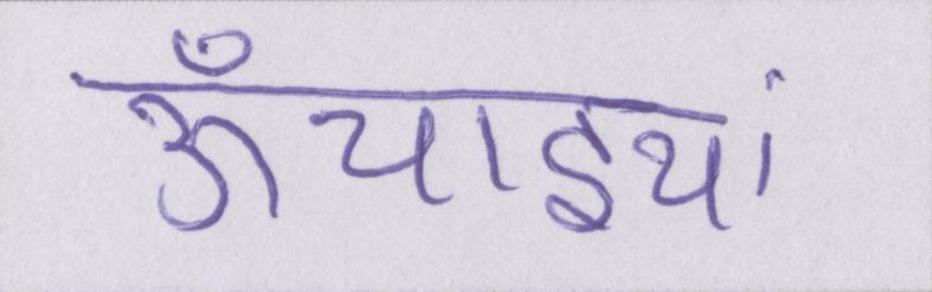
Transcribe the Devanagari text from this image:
ऊँचाइयां